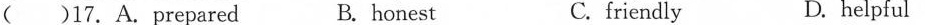
( )17.A. prepared B. honest C. friendly D. helpful